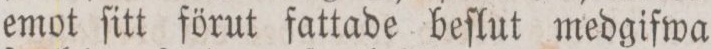
emot ſitt förut fattade beſlut medgifwa